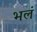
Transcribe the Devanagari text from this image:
भलं